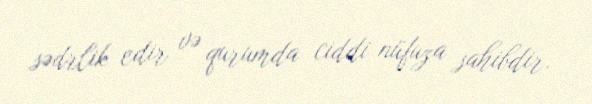
sədrlik edir və qurumda ciddi nüfuza sahibdir.